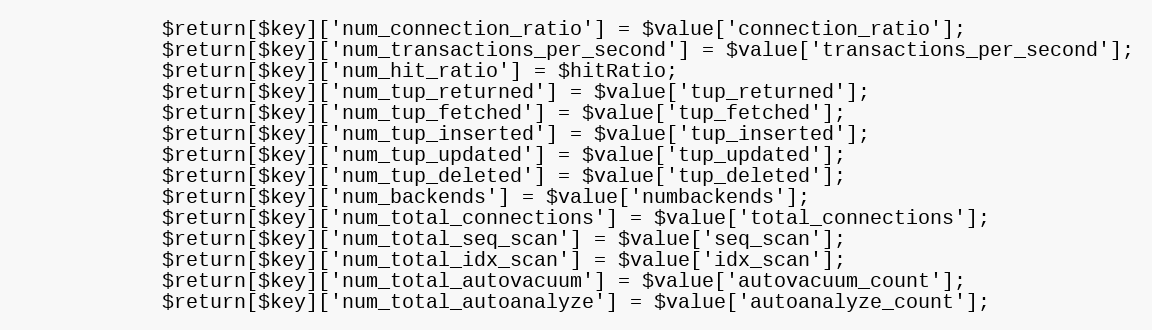
Language: PHP
            $return[$key]['num_connection_ratio'] = $value['connection_ratio'];
            $return[$key]['num_transactions_per_second'] = $value['transactions_per_second'];
            $return[$key]['num_hit_ratio'] = $hitRatio;
            $return[$key]['num_tup_returned'] = $value['tup_returned'];
            $return[$key]['num_tup_fetched'] = $value['tup_fetched'];
            $return[$key]['num_tup_inserted'] = $value['tup_inserted'];
            $return[$key]['num_tup_updated'] = $value['tup_updated'];
            $return[$key]['num_tup_deleted'] = $value['tup_deleted'];
            $return[$key]['num_backends'] = $value['numbackends'];
            $return[$key]['num_total_connections'] = $value['total_connections'];
            $return[$key]['num_total_seq_scan'] = $value['seq_scan'];
            $return[$key]['num_total_idx_scan'] = $value['idx_scan'];
            $return[$key]['num_total_autovacuum'] = $value['autovacuum_count'];
            $return[$key]['num_total_autoanalyze'] = $value['autoanalyze_count'];